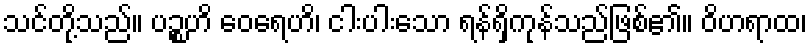
သင်တို့သည်။ ပဉ္စဟိ ဝေရေဟိ၊ ငါးပါးသော ရန်ရှိကုန်သည်ဖြစ်၏။ ဝိဟရာထ၊